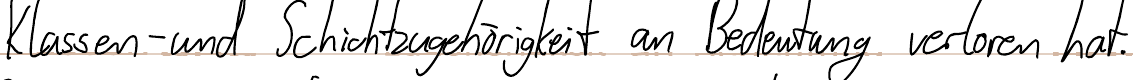
Klassen- und Schichtzugehörigkeit an Bedeutung verloren hat.